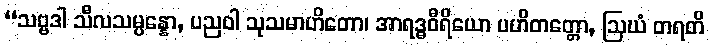
“သဗ္ဗဒါ သီလသမ္ပန္နော, ပညဝါ သုသမာဟိတော၊ အာရဒ္ဓဝီရိယော ပဟိတတ္တော, ဩဃံ တရတိ